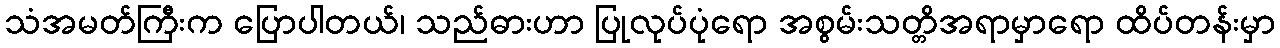
သံအမတ်ကြီးက ပြောပါတယ်၊ သည်ဓားဟာ ပြုလုပ်ပုံရော အစွမ်းသတ္တိအရာမှာရော ထိပ်တန်းမှာ